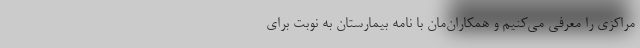
مراکزی را معرفی می‌کنیم و همکاران‌مان با نامه بیمارستان به نوبت برای